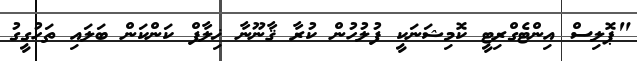
"ޕޮލިސް އިންޓެގްރިޓީ ކޮމިޝަނަކީ ފުލުހުން ކުރާ ޤާނޫނާ ޚިލާފް ކަންކަން ބަލައި ތަހުގީގު